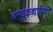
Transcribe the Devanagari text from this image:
बन्दूकधारियों